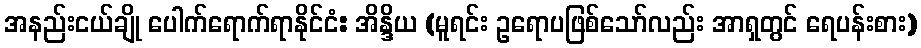
အနည်းငယ်ချို ပေါက်ရောက်ရာနိုင်ငံ: အိန္ဒိယ (မူရင်း ဥရောပဖြစ်သော်လည်း အာရှတွင် ရေပန်းစား)